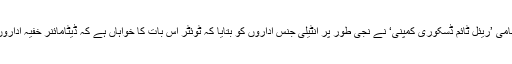
اس رپورٹ سے قبل ’ڈیٹامائنر‘ نامی ’ریئل ٹائم ڈسکوری کمپنی‘ نے نجی طور پر انٹیلی جنس اداروں کو بتایا کہ ٹوئٹر اس بات کا خواہاں ہے کہ ڈیٹامائنر خفیہ اداروں کو سہولت کی فراہم بند کردے۔